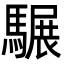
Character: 𩥇